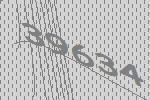
39634